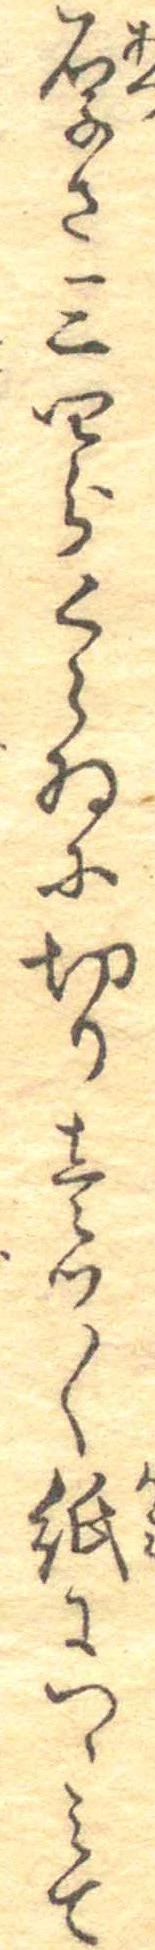
厚さ三四分くらゐに切り壱つ〱紙につゝみて